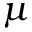
\mu